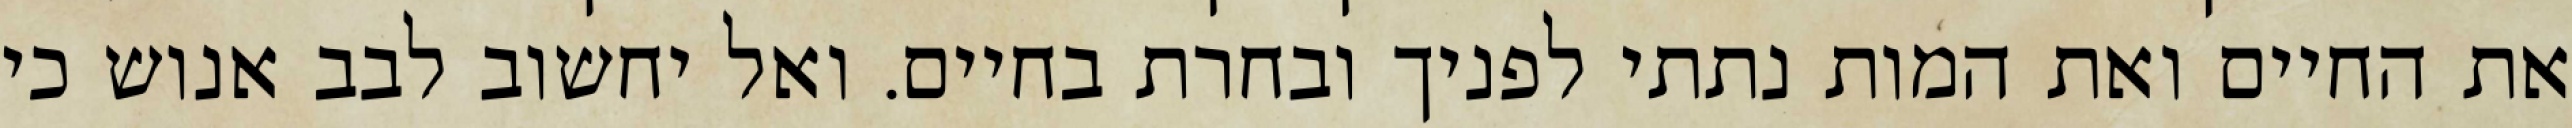
את החיים ואת המות נתתי לפניך ובחרת בחיים. ואל יחשוב לבב אנוש כי